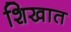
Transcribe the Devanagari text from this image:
शिखात